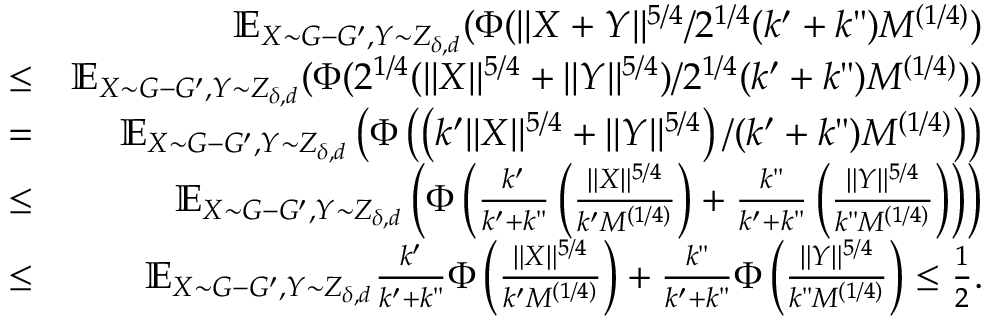
\begin{array} { r l r } & { } & { \mathbb { E } _ { X \sim G - G ^ { \prime } , Y \sim Z _ { \delta , d } } ( \Phi ( \| X + Y \| ^ { 5 / 4 } / 2 ^ { 1 / 4 } ( k ^ { \prime } + k " ) M ^ { ( 1 / 4 ) } ) } \\ & { \leq } & { \mathbb { E } _ { X \sim G - G ^ { \prime } , Y \sim Z _ { \delta , d } } ( \Phi ( 2 ^ { 1 / 4 } ( \| X \| ^ { 5 / 4 } + \| Y \| ^ { 5 / 4 } ) / 2 ^ { 1 / 4 } ( k ^ { \prime } + k " ) M ^ { ( 1 / 4 ) } ) ) } \\ & { = } & { \mathbb { E } _ { X \sim G - G ^ { \prime } , Y \sim Z _ { \delta , d } } \left( \Phi \left( \left( k ^ { \prime } \| X \| ^ { 5 / 4 } + \| Y \| ^ { 5 / 4 } \right) / ( k ^ { \prime } + k " ) M ^ { ( 1 / 4 ) } \right) \right) } \\ & { \leq } & { \mathbb { E } _ { X \sim G - G ^ { \prime } , Y \sim Z _ { \delta , d } } \left( \Phi \left( \frac { k ^ { \prime } } { k ^ { \prime } + k " } \left( \frac { \| X \| ^ { 5 / 4 } } { k ^ { \prime } M ^ { ( 1 / 4 ) } } \right) + \frac { k " } { k ^ { \prime } + k " } \left( \frac { \| Y \| ^ { 5 / 4 } } { k " M ^ { ( 1 / 4 ) } } \right) \right) \right) } \\ & { \leq } & { \mathbb { E } _ { X \sim G - G ^ { \prime } , Y \sim Z _ { \delta , d } } \frac { k ^ { \prime } } { k ^ { \prime } + k " } \Phi \left( \frac { \| X \| ^ { 5 / 4 } } { k ^ { \prime } M ^ { ( 1 / 4 ) } } \right) + \frac { k " } { k ^ { \prime } + k " } \Phi \left( \frac { \| Y \| ^ { 5 / 4 } } { k " M ^ { ( 1 / 4 ) } } \right) \leq \frac { 1 } { 2 } . } \end{array}